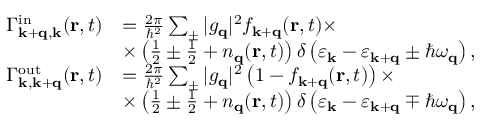
\begin{array} { r l } { \Gamma _ { \mathbf { k + q , k } } ^ { \mathrm { i n } } ( \mathbf { r } , t ) } & { = \frac { 2 \pi } { \hbar ^ { 2 } } \sum _ { \pm } | g _ { \mathbf { q } } | ^ { 2 } f _ { \mathbf { k + q } } ( \mathbf { r } , t ) \times } \\ & { \times \left( \frac { 1 } { 2 } \pm \frac { 1 } { 2 } + n _ { \mathbf { q } } ( \mathbf { r } , t ) \right) \delta \left( \varepsilon _ { \mathbf { k } } - \varepsilon _ { \mathbf { k + q } } \pm \hbar \omega _ { \mathbf { q } } \right) , } \\ { \Gamma _ { \mathbf { k , k + q } } ^ { \mathrm { o u t } } ( \mathbf { r } , t ) } & { = \frac { 2 \pi } { \hbar ^ { 2 } } \sum _ { \pm } | g _ { \mathbf { q } } | ^ { 2 } \left( 1 - f _ { \mathbf { k + q } } ( \mathbf { r } , t ) \right) \times } \\ & { \times \left( \frac { 1 } { 2 } \pm \frac { 1 } { 2 } + n _ { \mathbf { q } } ( \mathbf { r } , t ) \right) \delta \left( \varepsilon _ { \mathbf { k } } - \varepsilon _ { \mathbf { k + q } } \mp \hbar \omega _ { \mathbf { q } } \right) , } \end{array}